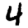
Digit: 4